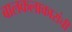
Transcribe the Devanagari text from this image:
बालकलाकारांची